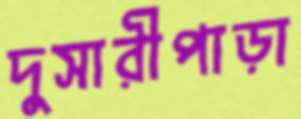
দুসারীপাড়া